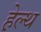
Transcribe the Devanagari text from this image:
हे़ल्थ